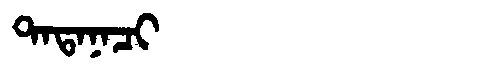
Manchu: ᡨᠠᡨᠠᠨᠠᠴᡳ
Romanization: TATANACI